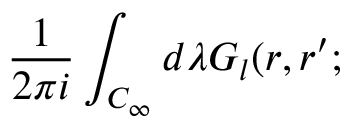
{ \frac { 1 } { 2 \pi i } } \int _ { C _ { \infty } } d \lambda { \cal { G } } _ { l } ( r , r ^ { \prime } ;